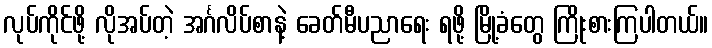
လုပ်ကိုင်ဖို့ လိုအပ်တဲ့ အင်္ဂလိပ်စာနဲ့ ခေတ်မီပညာရေး ရဖို့ မြို့ခံတွေ ကြိုးစားကြပါတယ်။